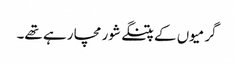
گرمیوں کے پتنگے شور مچا رہے تھے۔